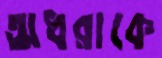
অধরাকে